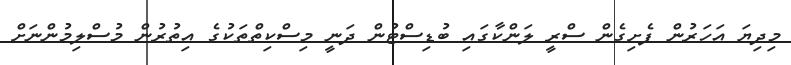
މިދިޔަ އަހަރުން ފެށިގެން ސްރީ ލަންކާގައި ބުޑިސްޓުން ދަނީ މިސްކިތްތަކުގެ އިތުރުން މުސްލިމުންނަށް